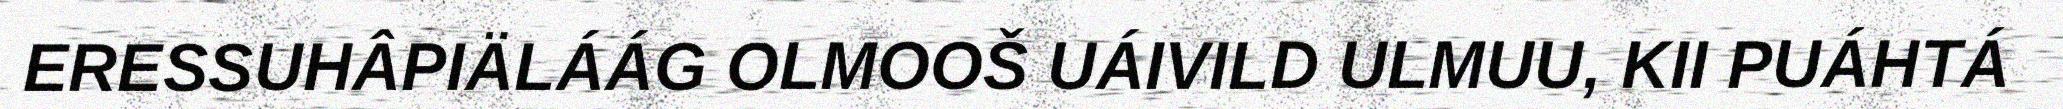
ERESSUHÂPIÄLÁÁG OLMOOŠ UÁIVILD ULMUU, KII PUÁHTÁ